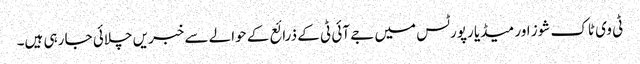
ٹی وی ٹاک شوز اور میڈیا رپورٹس میں جے آئی ٹی کے ذرائع کے حوالے سے خبریں چلائی جا رہی ہیں۔